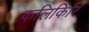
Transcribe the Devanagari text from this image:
कलिकिरि